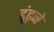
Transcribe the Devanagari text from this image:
ढ़ूंढ़ने